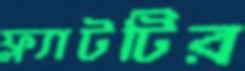
ফ্ল্যাটটির